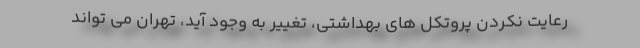
رعایت نکردن پروتکل های بهداشتی، تغییر به وجود آید، تهران می تواند